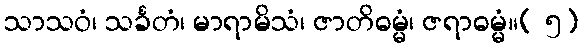
သာသဝံ၊ သင်္ခတံ၊ မာရာမိသံ၊ ဇာတိဓမ္မံ၊ ဇရာဓမ္မံ။( ၅)